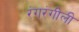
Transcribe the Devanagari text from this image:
रंगरंगीली